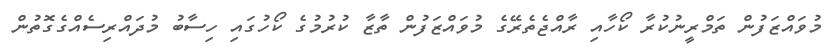
މުވައްޒަފުން ތަމްރީނުކުރާ ކޯހާއި ރާއްޖެތެރޭގެ މުވައްޒަފުން ތާޒާ ކުރުމުގެ ކޯހުގައި ހިސާބު މުދައްރިސެއްގެގޮތުން